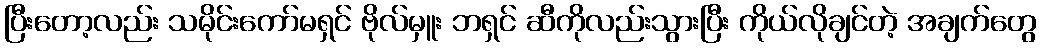
ပြီးတော့လည်း သမိုင်းကော်မရှင် ဗိုလ်မှူး ဘရှင် ဆီကိုလည်းသွားပြီး ကိုယ်လိုချင်တဲ့ အချက်တွေ